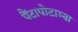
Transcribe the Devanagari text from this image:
पैंटापोटाम्या